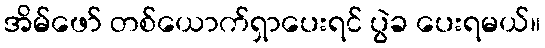
အိမ်ဖော် တစ်ယောက်ရှာပေးရင် ပွဲခ ပေးရမယ်။